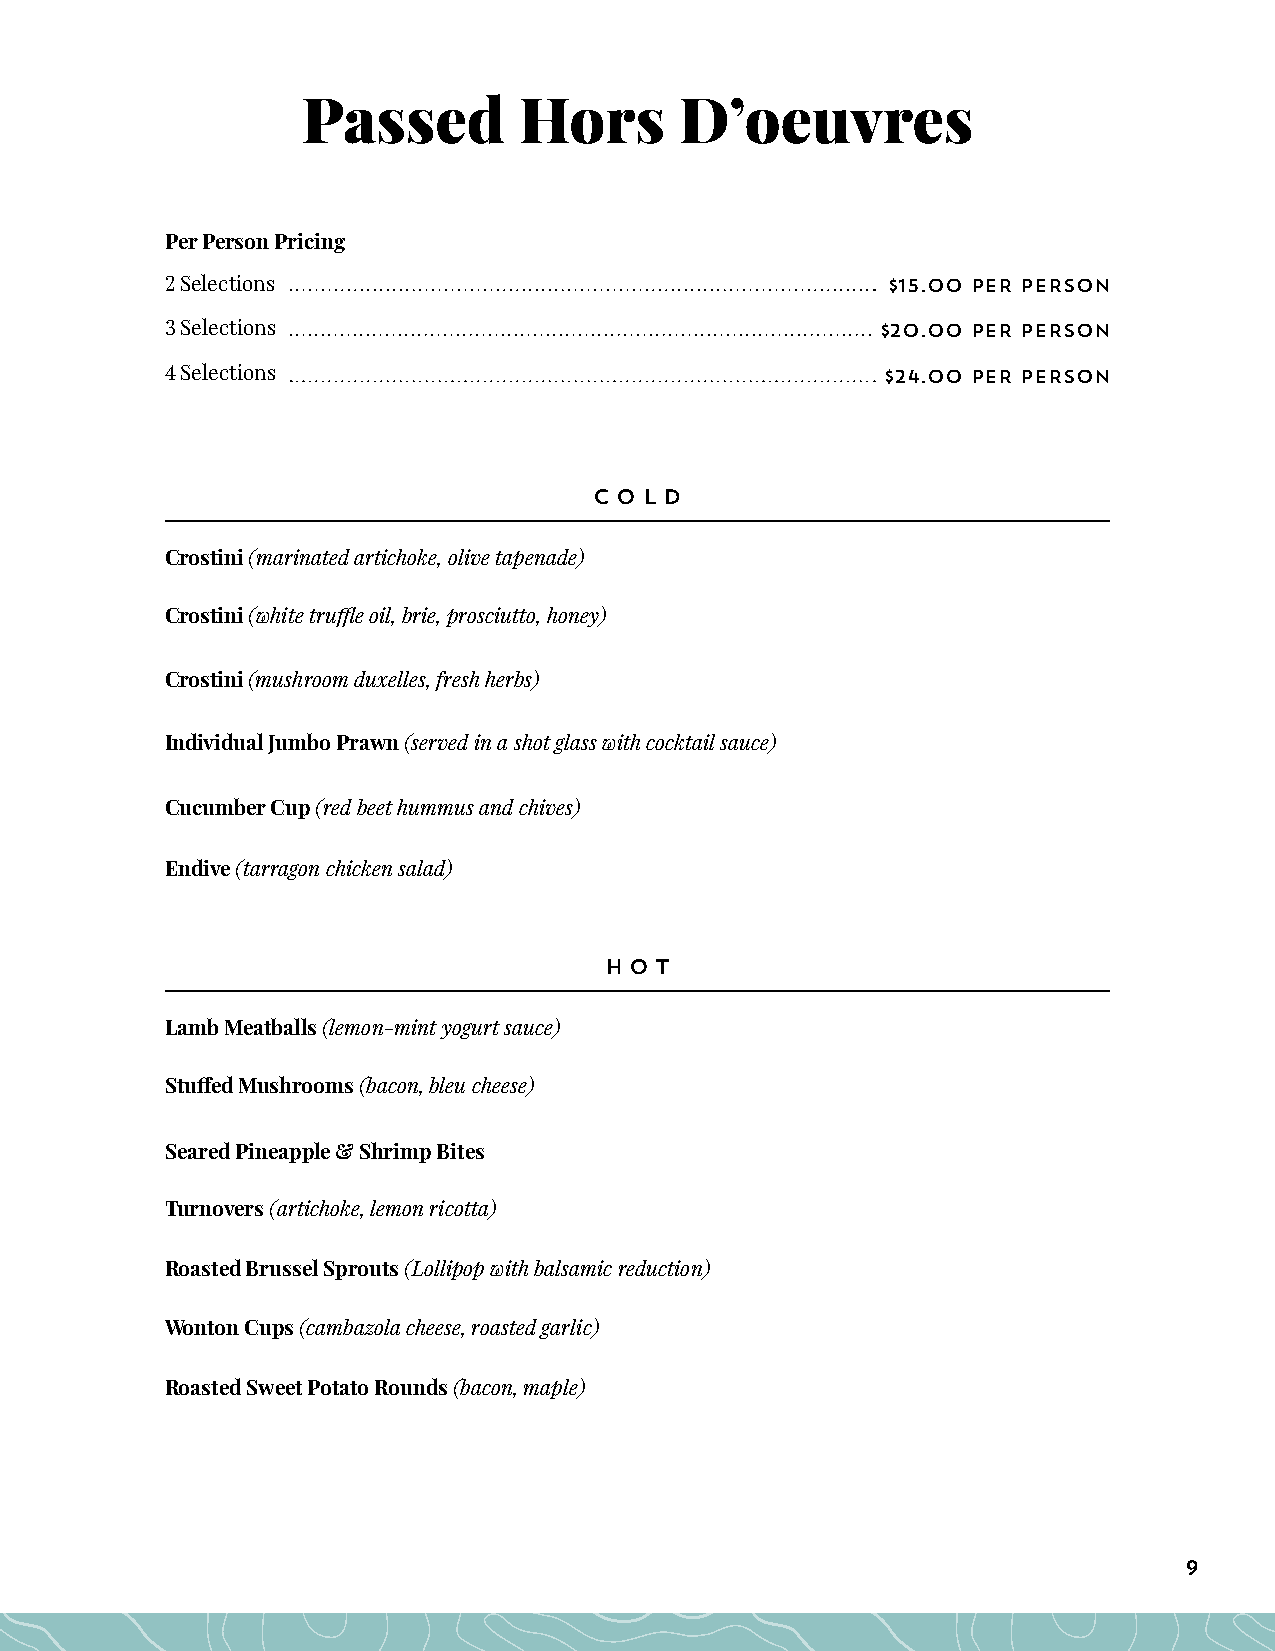
Passed        Hors       D’oeuvres
 Per Person Pricing
 2 Selections                                    $15.00 PER PERSON
 3 Selections                                   $20.00 PER PERSON
 4 Selections                                    $24.00 PER PERSON
 Co  l d
 Crostini (marinated artichoke, olive tapenade)
 Crostini (white truffle oil, brie, prosciutto, honey)
 Crostini (mushroom duxelles, fresh herbs)
 Individual Jumbo Prawn (served in a shot glass with cocktail sauce)
 Cucumber Cup (red beet hummus and chives)
 Endive (tarragon chicken salad)
 Hot
 Lamb Meatballs (lemon-mint yogurt sauce)
 Stuffed Mushrooms (bacon, bleu cheese)
 Seared Pineapple & Shrimp Bites
 Turnovers (artichoke, lemon ricotta)
 Roasted Brussel Sprouts (Lollipop with balsamic reduction)
 Wonton Cups (cambazola cheese, roasted garlic)
 Roasted Sweet Potato Rounds (bacon, maple)
 9